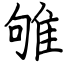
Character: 雊